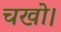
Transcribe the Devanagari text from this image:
चखो।